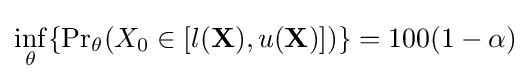
\inf _{\theta }\{{\Pr }_{\theta }(X_{0}\in [l(\mathbf {X} ),u(\mathbf {X} )])\}=100(1-\alpha )